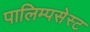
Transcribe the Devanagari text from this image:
पालिम्पसेस्ट